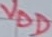
Text: VDD